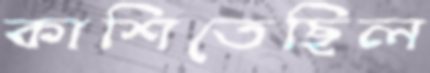
কাশিতেছিল